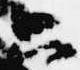
只